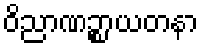
ဝိညာဏဉ္စာယတနာ